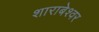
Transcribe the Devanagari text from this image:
शाराबेश्वर